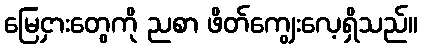
မြေငှားတွေကို ညစာ ဖိတ်ကျွေးလေ့ရှိသည်။